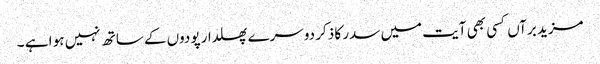
مزید برآں کسی بھی آیت میں سدر کا ذکر دوسرے پھلدار پودوں کے ساتھ نہیں ہو ا ہے ۔